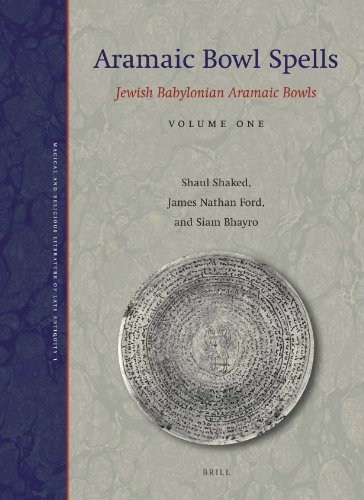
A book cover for Aramaic Bowl Spells: Jewish Babylonian Aramaic Bowls Volume One (Magic and Religious Literature of Late Antiquity); Shaul Shaked; History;